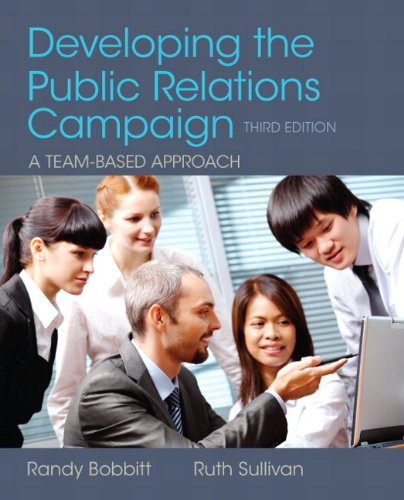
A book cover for Developing the Public Relations Campaign (3rd Edition); Randy Bobbitt; Business & Money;